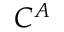
C ^ { A }